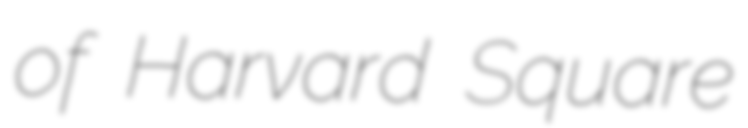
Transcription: of Harvard Square